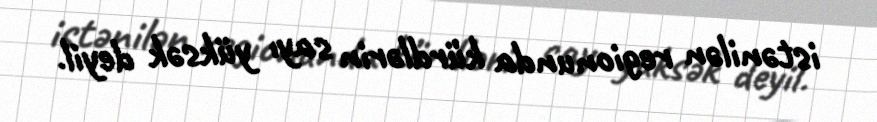
istənilən regionunda kürdlərin sayı yüksək deyil.